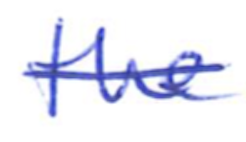
Text: the
Cross-out: mix
Writing tool: ballpoint